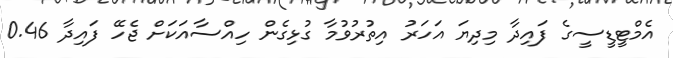
އެމްޓީޑީސީގެ ފައިދާ މިދިޔަ އަހަރު އިތުރުވުމާ ގުޅިގެން ހިއްސާއަކަށް ޖެހޭ ފައިދާ 0.46